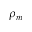
\rho _ { m }